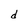
Character: d